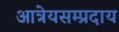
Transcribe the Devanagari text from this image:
आत्रेयसम्प्रदाय